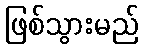
ဖြစ်သွားမည်